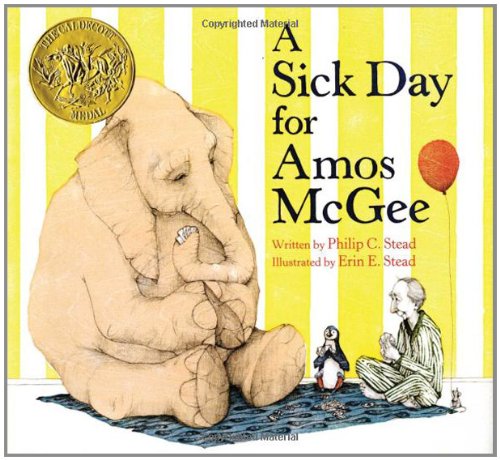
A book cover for A Sick Day for Amos McGee; Philip C. Stead; Children's Books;